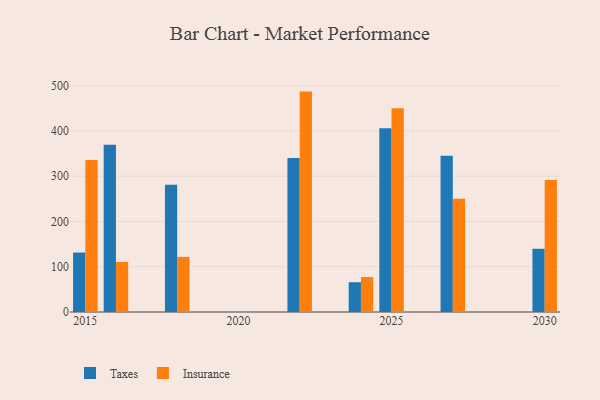
{"axis": {"x": "Year", "y": "Production Output"}, "legend": ["Insurance", "Taxes"], "data": [{"x": "2024", "y": 65.8, "type": "Taxes"}, {"x": "2024", "y": 77.2, "type": "Insurance"}, {"x": "2022", "y": 339.9, "type": "Taxes"}, {"x": "2022", "y": 486.8, "type": "Insurance"}, {"x": "2025", "y": 406.1, "type": "Taxes"}, {"x": "2025", "y": 450.3, "type": "Insurance"}, {"x": "2015", "y": 131.3, "type": "Taxes"}, {"x": "2015", "y": 335.6, "type": "Insurance"}, {"x": "2016", "y": 369.6, "type": "Taxes"}, {"x": "2016", "y": 110.5, "type": "Insurance"}, {"x": "2030", "y": 139.6, "type": "Taxes"}, {"x": "2030", "y": 291.8, "type": "Insurance"}, {"x": "2027", "y": 345.3, "type": "Taxes"}, {"x": "2027", "y": 250.4, "type": "Insurance"}, {"x": "2018", "y": 281.3, "type": "Taxes"}, {"x": "2018", "y": 121.7, "type": "Insurance"}]}